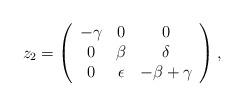
LaTeX: \begin{align*} \begin{array}{lllllll} z_2=\left(\begin{array}{ccc}-\gamma & 0 & 0 \\ 0 & \beta & \delta \\ 0 & \epsilon & -\beta+\gamma\end{array}\right), \end{array} \end{align*}